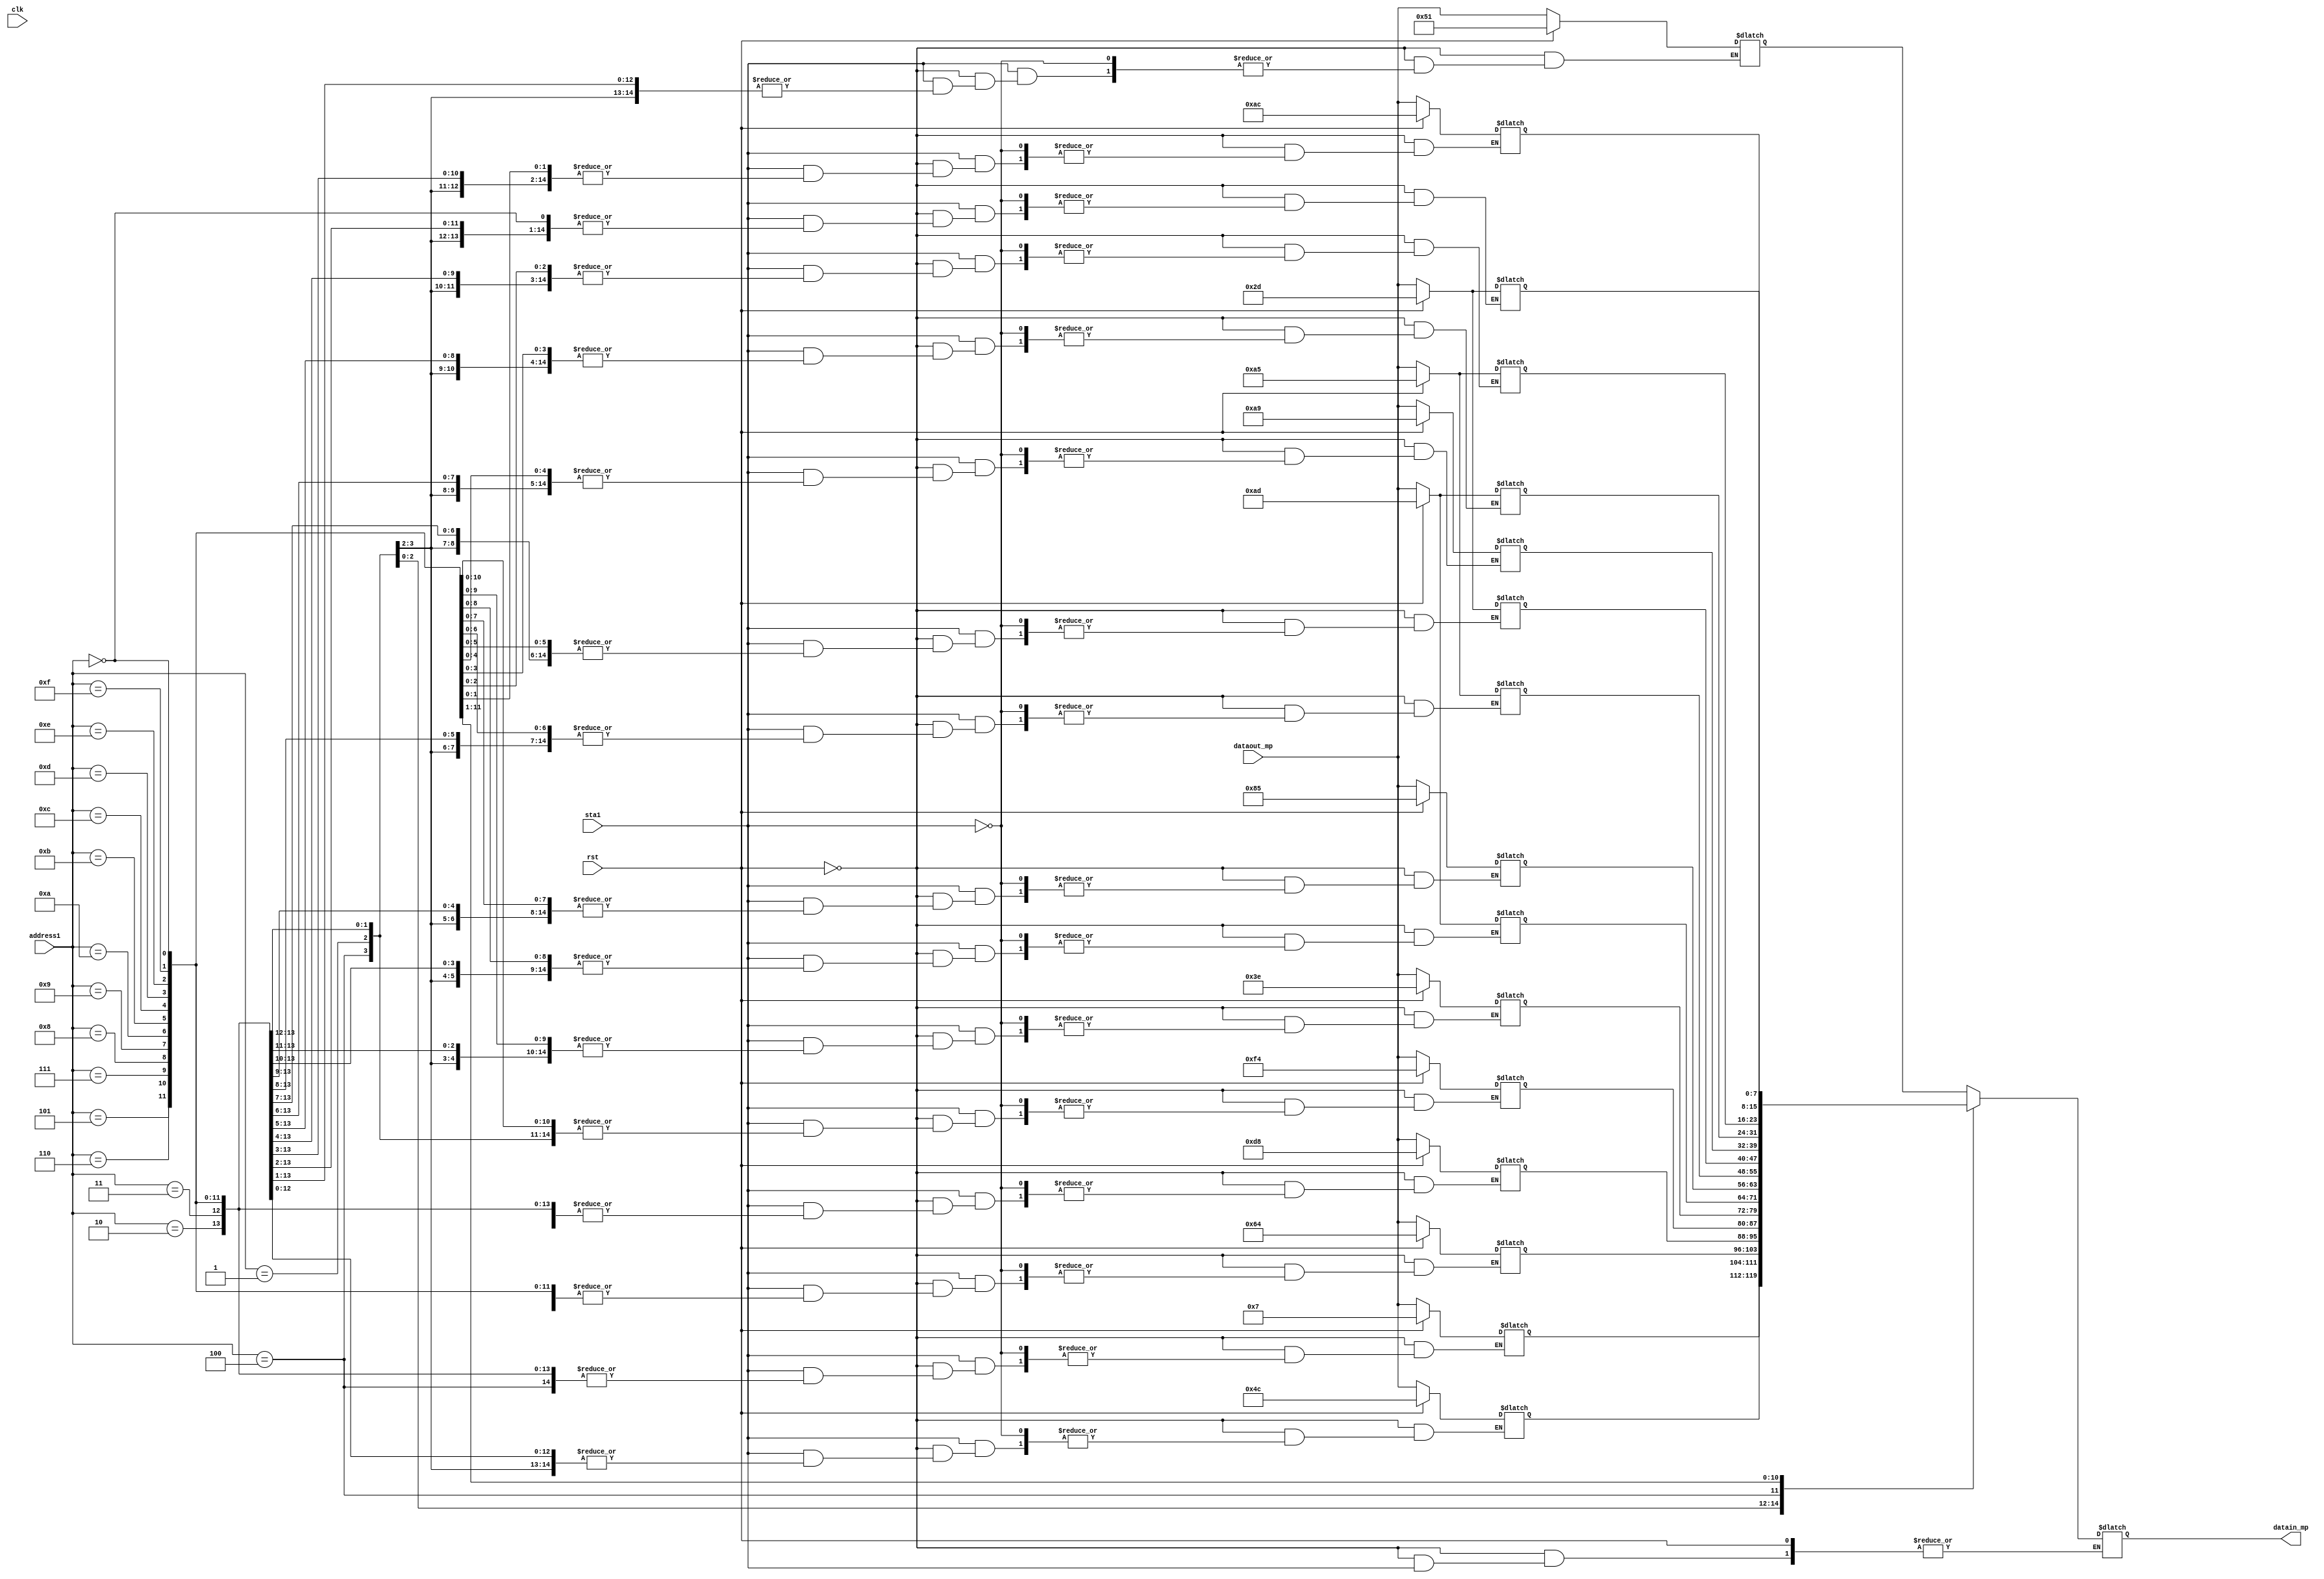
`timescale 1ns / 1ps
//////////////////////////////////////////////////////////////////////////////////
// Company: 
// Engineer: 
// 
// Design Name: 
// Module Name:    main_memory 
// Project Name: 
// Target Devices: 
// Tool versions: 
// Description: 
//
// Dependencies: 
//
// Revision: 
// Revision 0.01 - File Created
// Additional Comments: 
//
//////////////////////////////////////////////////////////////////////////////////
module main_memory_f(
  input clk,rst,
  input [0:3]address1,
  output reg [0:7]datain_mp,
  input [0:7]dataout_mp, 
  input sta1
    );
	 
reg [0:7]main_memory[0:15];	 

 /*main_memory[0]={8'b01010001};
 main_memory[1]={8'b00000111};
 main_memory[2]={8'b01001100};
 main_memory[3]={8'b01100100};
 main_memory[4]={8'b11011000};
 main_memory[5]={8'b11110100};
 main_memory[6]={8'b00111110};
 main_memory[7]={8'b10101101};
 main_memory[8]={8'b10000101};
 main_memory[9]={8'b10100101};
 main_memory[10]={8'b00101101};
 main_memory[11]={8'b10101001};
 main_memory[12]={8'b10101101};
 main_memory[13]={8'b10100101};
 main_memory[14]={8'b10101100};
 main_memory[15]={8'b00101101};
 */

always @ (clk,address1,dataout_mp)begin
if(rst)begin
    main_memory[0]={8'b01010001};
    main_memory[1]={8'b00000111};
    main_memory[2]={8'b01001100};
    main_memory[3]={8'b01100100};
    main_memory[4]={8'b11011000};
    main_memory[5]={8'b11110100};
    main_memory[6]={8'b00111110};
    main_memory[7]={8'b10101101};
    main_memory[8]={8'b10000101};
    main_memory[9]={8'b10100101};
    main_memory[10]={8'b00101101};
    main_memory[11]={8'b10101001};
    main_memory[12]={8'b10101101};
    main_memory[13]={8'b10100101};
    main_memory[14]={8'b10101100};
    main_memory[15]={8'b00101101};
end
  
else begin
  if(sta1==1'b1)begin
    main_memory[address1]=dataout_mp;
  end
  
  else begin
    datain_mp=main_memory[address1];
  end
end
  
end
endmodule